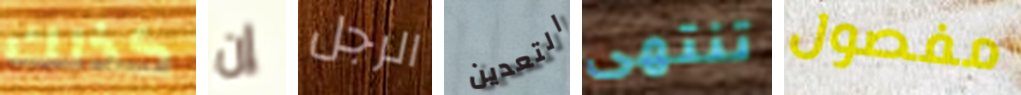
كذلك إن الرجل التعدين تنتهى مفصول